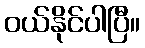
ဝယ်နိုင်ပါပြီ။